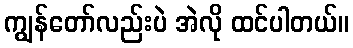
ကျွန်တော်လည်းပဲ အဲလို ထင်ပါတယ်။